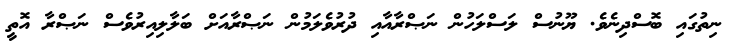
ނިތުގައި ބޮސްދިނެވެ. ޔޫނުސް ލަސްލަހުން ނަޞްރާއާއި ދުރުވެލަމުން ނަޞްރާއަށް ބަލާލިއިރުވެސް ނަޞްރާ އޮތީ